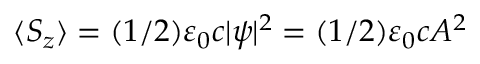
\langle S _ { z } \rangle = ( 1 / 2 ) \varepsilon _ { 0 } c | \psi | ^ { 2 } = ( 1 / 2 ) \varepsilon _ { 0 } c A ^ { 2 }